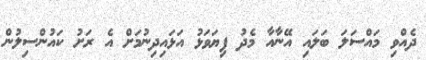
ދެއްވި މައްސަލަ ބަލައި އޭނާއާ މެދު ފިޔަވަޅު އަޅައިދިނުމަށް އެ ރަށު ކައުންސިލުން